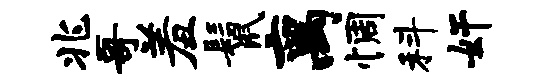
兆哥羞鬣离惆科奸